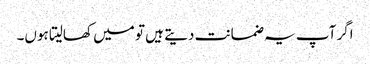
اگر آپ یہ ضمانت دیتے ہیں تو میں کھالیتا ہوں۔